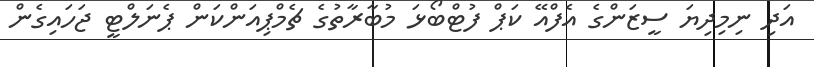
އަދި ނިމިދިޔަ ސީޒަންގެ އެފްއޭ ކަޕް ފުޓްބޯޅަ މުބާރާތުގެ ޗެމްޕިއަންކަން ޕެނަލްޓީ ޖަހައިގެން